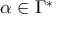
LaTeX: \alpha \in \Gamma ^ { * }